Report on vaccination North-West Frontier Province 1904-1922 - 1904-1922
Year: 1904
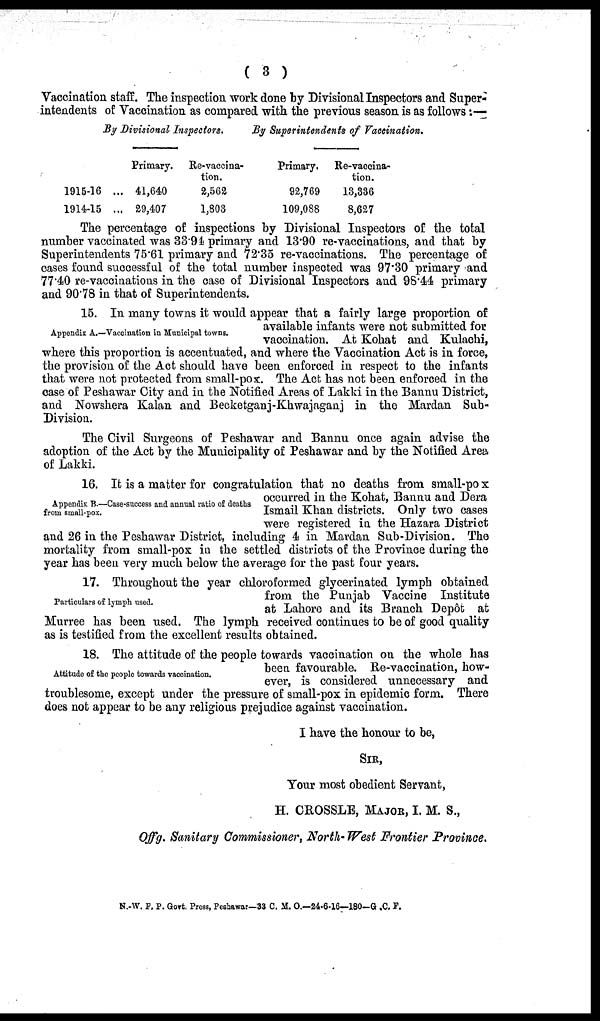
( 3 )
Vaccination staff. The inspection work done by Divisional Inspectors and Super-
intendents of Vaccination as compared with the previous season is as follows:—
By Divisional Inspectors.
1915-16 ...
1914-15 ...
Primary.
41,640
29,407
Re-vaccina-
tion.
2,562
1,803
By Superintendents of Vaccination.
Primary.
92,769
109,088
Re-vaccina-
tion.
13,336
8,627
The percentage of inspections by Divisional Inspectors of the total
number vaccinated was 33.94 primary and 13.90 re-vaccinations, and that by
Superintendents 75.61 primary and 72.35 re-vaccinations. The percentage of
cases found successful of the total number inspected was 97.30 primary and
77.40 re-vaccinations in the case of Divisional Inspectors and 98.44 primary
and 90.78 in that of Superintendents.
Appendix A.—Vaccination in Municipal towns.
15. In many towns it would appear that a fairly large proportion of
available infants were not submitted for
vaccination. At Kohat and Kulachi,
where this proportion is accentuated, and where the Vaccination Act is in force,
the provision of the Act should have been enforced in respect to the infants
that were not protected from small-pox. The Act has not been enforced in the
case of Peshawar City and in the Notified Areas of Lakki in the Bannu District,
and Nowshera Kalan and Becketganj-Khwajaganj in the Mardan Sub-
Division.
The Civil Surgeons of Peshawar and Bannu once again advise the
adoption of the Act by the Municipality of Peshawar and by the Notified Area
of Lakki.
Appendix B.—Case-success and annual ratio of deaths
from small-pox.
16. It is a matter for congratulation that no deaths from small-pox
occurred in the Kohat, Bannu and Dera
Ismail Khan districts. Only two cases
were registered in the Hazara District
and 26 in the Peshawar District, including 4 in Mardan Sub-Division. The
mortality from small-pox in the settled districts of the Province during the
year has been very much below the average for the past four years.
Particulars of lymph used.
17. Throughout the year chloroformed glycerinated lymph obtained
from the Punjab Vaccine Institute
at Lahore and its Branch Depôt at
Murree has been used. The lymph received continues to be of good quality
as is testified from the excellent results obtained.
Attitude of the people towards vaccination.
18. The attitude of the people towards vaccination on the whole has
been favourable. Re-vaccination, how-
ever, is considered unnecessary and
troublesome, except under the pressure of small-pox in epidemic form. There
does not appear to be any religious prejudice against vaccination.
I have the honour to be,
SIR,
Your most obedient Servant,
H. CROSSLE, MAJOR, I. M. S.,
Offg. Sanitary Commissioner, North- West Frontier Province.
N.-W. F. P. Govt. Press, Peshawar—33 C. M. O.—24-6-16—180-G .C. P.